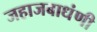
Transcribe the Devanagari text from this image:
जहाजबाधंणी